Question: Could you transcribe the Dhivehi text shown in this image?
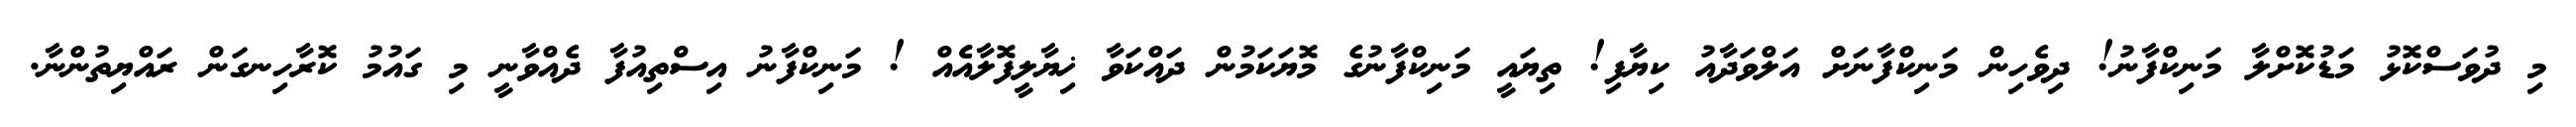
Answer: މި ދުވަސްކޮޅު މަޑުކޮށްލާ މަނިކްފާނު! ދިވެހިން މަނިކްފާނަށް އަލްވަދާއު ކިޔާފި! ތިޔައީ މަނިކްފާނުގެ މޮޔަކަމުން ދައްކަވާ ޚިޔާލީފޮލާއެެއް ! މަނިކްފާނު އިސްތިއުފާ ދެއްވާނީ މި ގައުމު ކޮރާހިނގަން ރައްޔިތުންނާ.